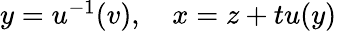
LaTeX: \begin{array}{r}{y=u^{-1}(v),\quad x=z+tu(y)}\end{array}